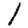
Digit: 1